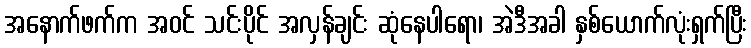
အနောက်ဖက်က အဝင် သင်းပိုင် အလှန်ချင်း ဆုံနေပါရော၊ အဲဒီအခါ နှစ်ယောက်လုံးရှက်ပြီး